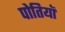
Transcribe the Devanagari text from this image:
पोतियाॅ